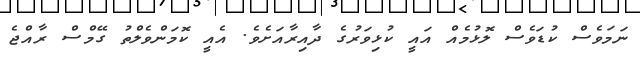
ނަމަވެސް ކުޑަވެސް ލޮޅުމެއް އައީ ކުޅިވަރުގެ ދާއިރާއަށެވެ. އެއީ ކޮމަންވެލްތު ގޭމްސް ރާއްޖެ